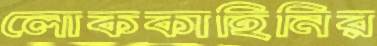
লোককাহিনির